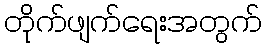
တိုက်ဖျက်ရေးအတွက်